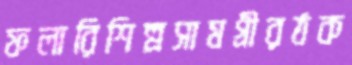
ফলারিশিল্পসামগ্রীরঠক